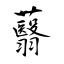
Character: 蘙